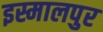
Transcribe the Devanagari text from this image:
इस्मालपुर